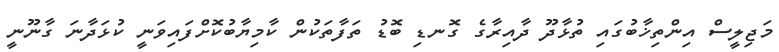
މަޖިލީސް އިންތިޚާބުގައި ތުޅާދޫ ދާއިރާގެ ގޮނޑި ބޮޑު ތަފާތަކުން ކާމިޔާބުކޮށްފައިވަނީ ކުޅަދާނަ ގާނޫނީ